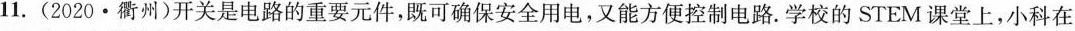
11. ( 2020 · 衢州 ) 开关是电路的重要元件，既可确保安全用电，又能方便控制电路。学校的STEM课堂上，小科在